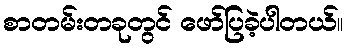
စာတမ်းတခုတွင် ဖော်ပြခဲ့ပါတယ်။